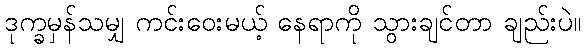
ဒုက္ခမှန်သမျှ ကင်းဝေးမယ့် နေရာကို သွားချင်တာ ချည်းပဲ။